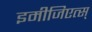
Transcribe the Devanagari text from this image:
इमीजिएत्स्